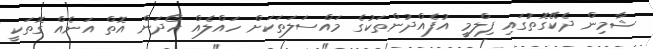
ޝާމިން ދެކޭގޮތުގައި ފިލްމީ އުފެއްދުންތަކުގެ މައްސަލަތަކަށް ހައްލެއް ހޯދަން އޮތް އަނެއް ގޮތަކީ